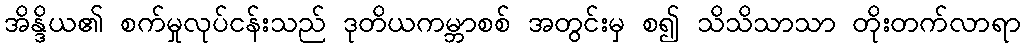
အိန္ဒိယ၏ စက်မှုလုပ်ငန်းသည် ဒုတိယကမ္ဘာစစ် အတွင်းမှ စ၍ သိသိသာသာ တိုးတက်လာရာ